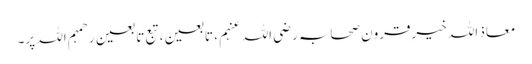
معاذ اللہ خیرِقرون صحابہ رضی اللہ عنہم ، تابعین ، تبع تا بعین رحمہم اللہ پر۔